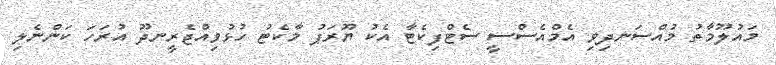
މައުލޫމާތު މުއްސަނދިވި އެމްއެސްސީ ސެޓްފިކެޓާ އެކު ޔޫރަޕު މާކެޓު ހުޅުވިއްޖެރީނދޫ އުރަހަ ކަންނެލި